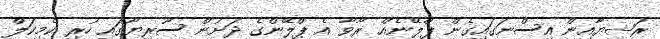
ރަޝިޔާއިން އިސްނަގައިގެން ޕްލޭނެއް ރާވާ އެ ޕްލޭންގެ ދަށުން ސޫރިޔާގައި ހުރި ކެމިކަލް